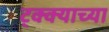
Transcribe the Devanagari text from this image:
ट्क्क्याच्या